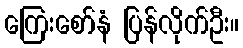
ကြေးစော်နံ ပြန်လိုက်ဦး။